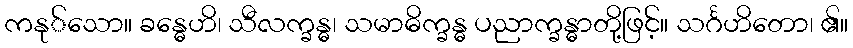
ကနု်သော။ ခန္ဓေဟိ၊ သီလက္ခန္ဓ၊ သမာဓိက္ခန္ဓ ပညာက္ခန္ဓာတို့ဖြင့်။ သင်္ဂဟိတော၊ ၏။